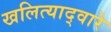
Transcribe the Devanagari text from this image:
खलित्याद्वारे